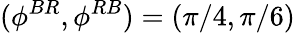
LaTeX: (\phi^{BR},\phi^{RB})=(\pi/4,\pi/6)